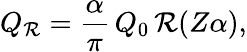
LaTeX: Q_{\mathcal{R}}={\frac{{\alpha}}{{\pi}}}\, Q_{0}\, \mathcal{R}(Z\alpha),